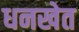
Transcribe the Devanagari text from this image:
धनखेत